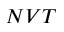
N V T